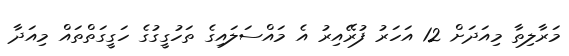
މަރާލިތާ މިއަދަށް 12 އަހަރު ފުރޭއިރު އެ މައްސަލައިގެ ތަހުގީގުގެ ހަގީގަތްތައް މިއަދާ